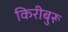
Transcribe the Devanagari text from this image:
किरीबुरू